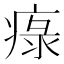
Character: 𤷚